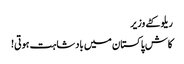
ریلو کٹے وزیر
کاش پاکستان میں بادشاہت ہوتی!